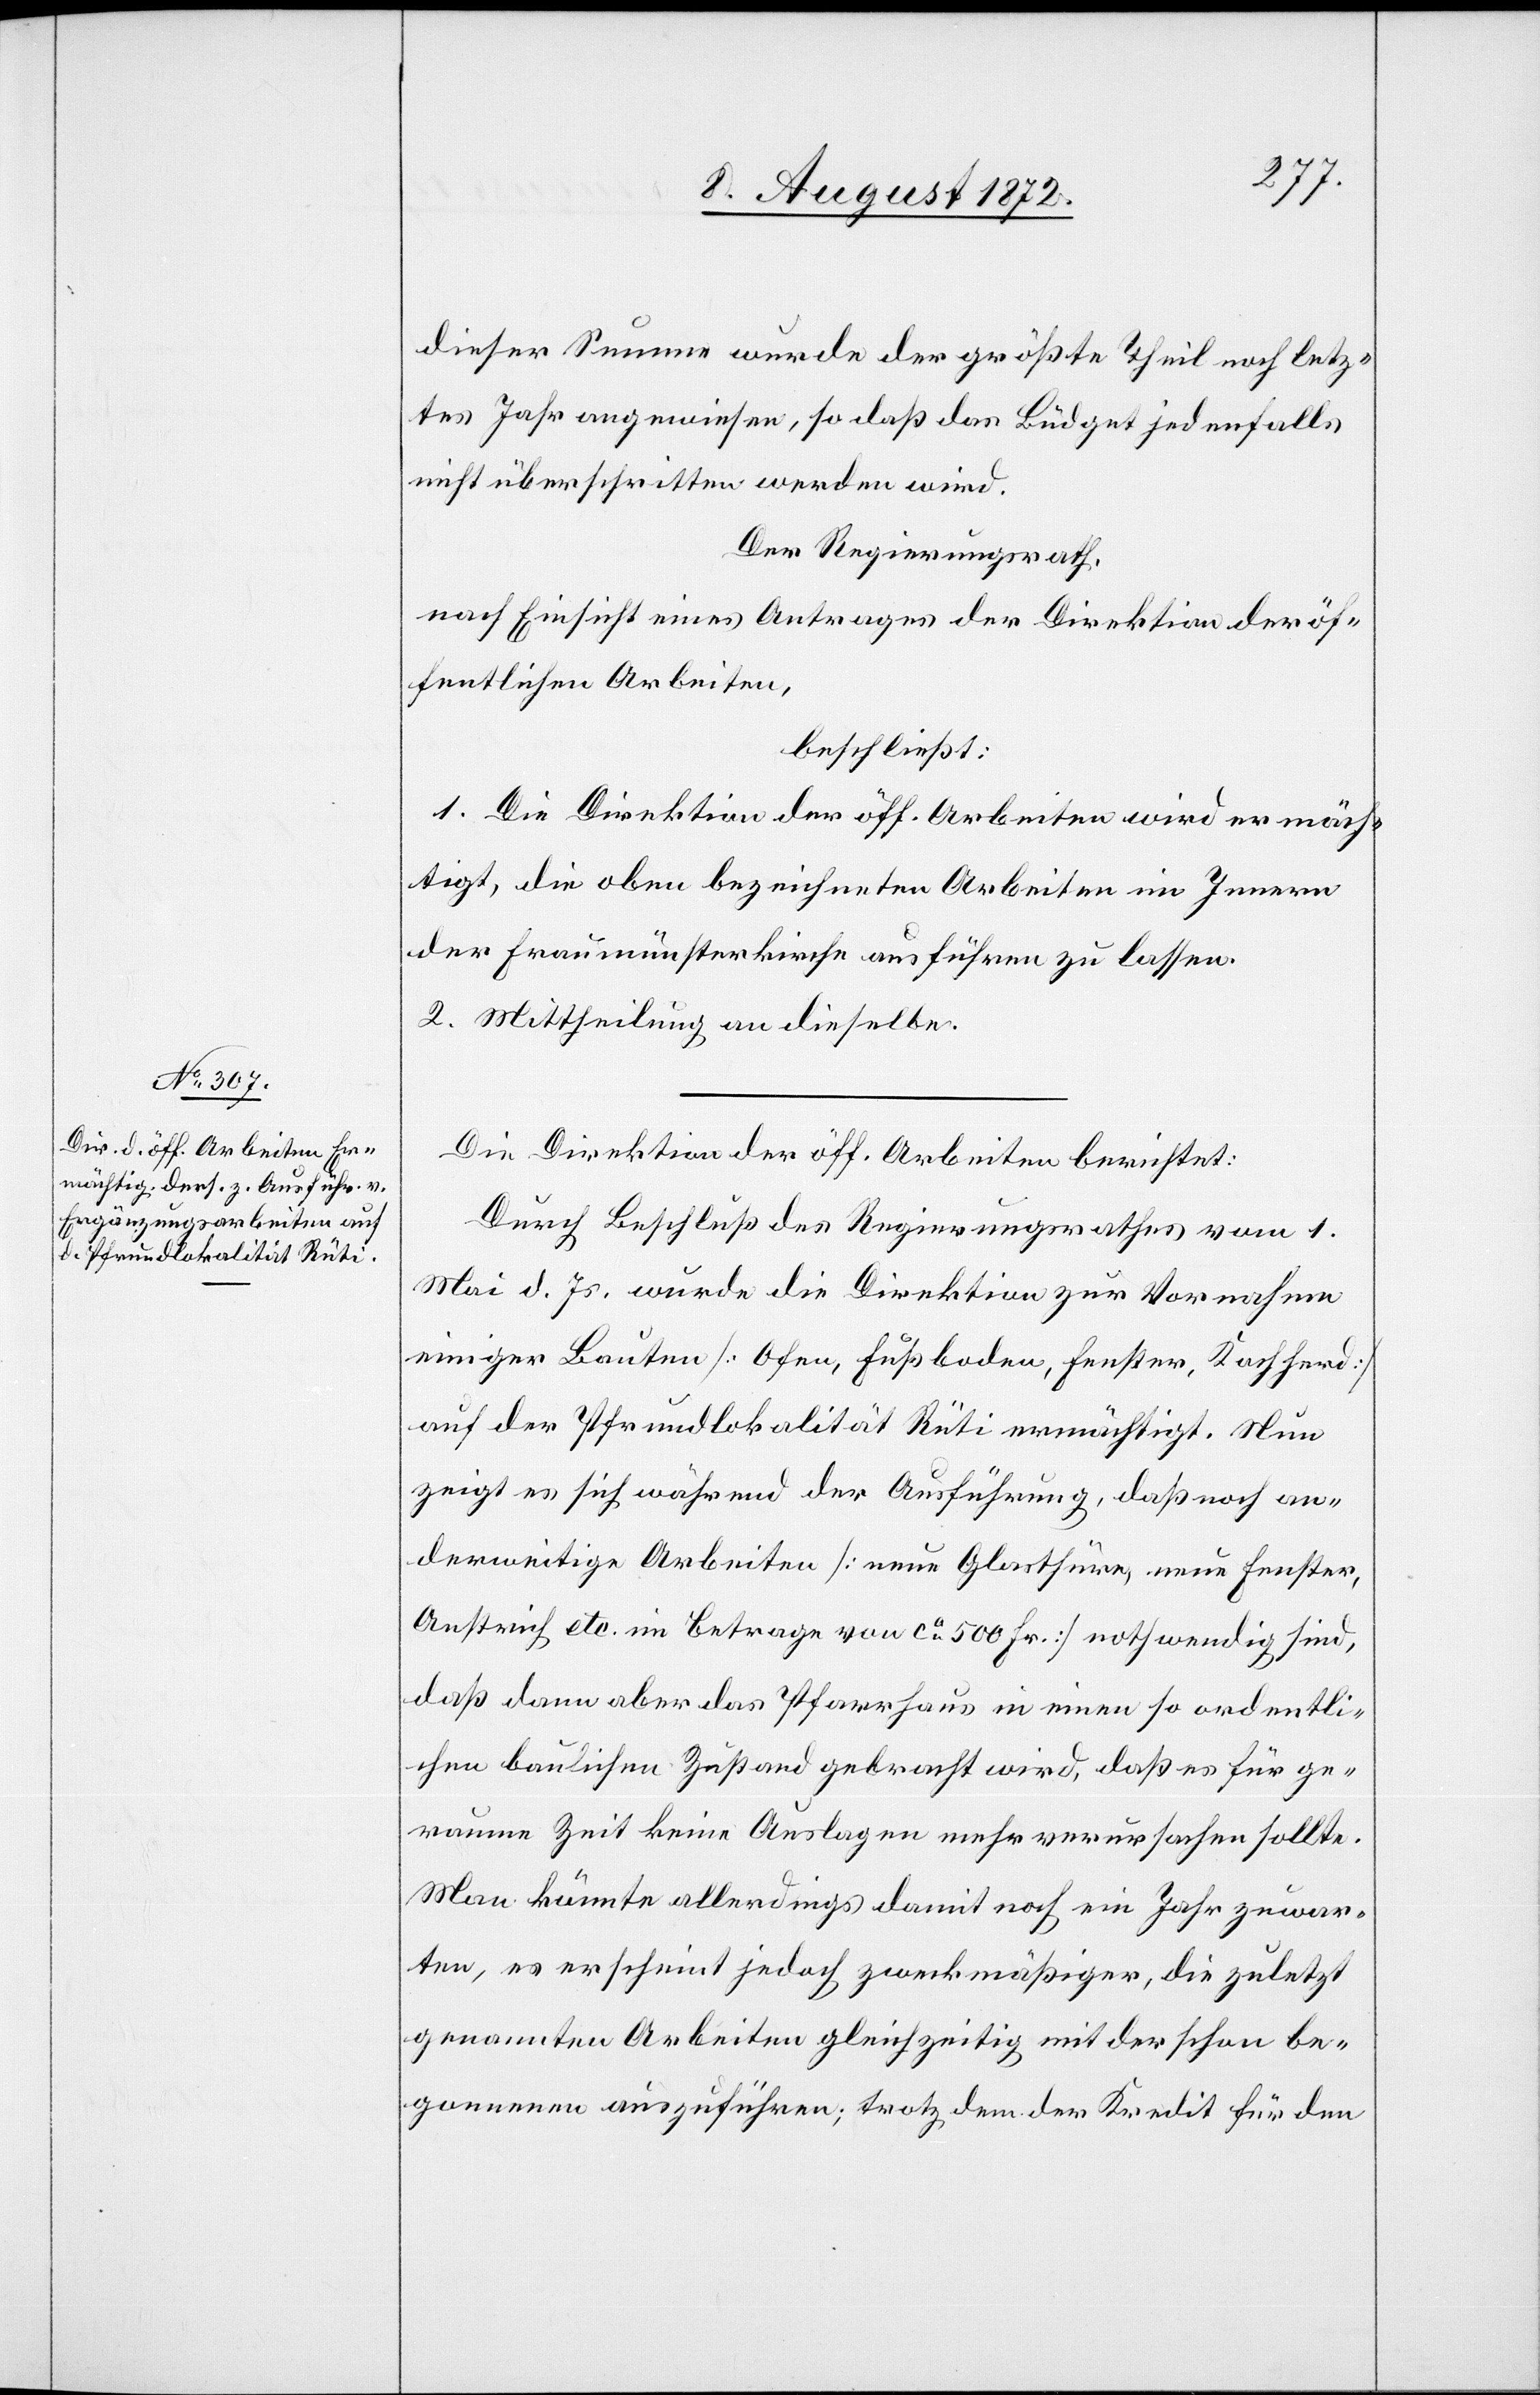
dieser Summe wurde der größte Theil noch letz¬
tes Jahr angewiesen, so daß das Büdget jedenfalls
nicht überschritten werden wird.
Der Regierungsrath,
nach Einsicht eines Antrages der Direktion der öf¬
fentlichen Arbeiten,
beschließt:
1. Die Direktion der öff. Arbeiten wird ermäch¬
tigt, die oben bezeichneten Arbeiten im Innern
der Fraumünsterkirche ausführen zu lassen.
2. Mittheilung an dieselbe.
Die Direktion der öff. Arbeiten berichtet:
Durch Beschluß des Regierungsrathes vom 1.
Mai d. Js. wurde die Direktion zur Vornahme
einiger Bauten [Ofen, Fußboden, Fenster, Kochherd]
auf der Pfrundlokalität Rüti ermächtigt. Nun
zeigt es sich während der Ausführung, daß noch an¬
derweitige Arbeiten [neue Glasthüre, neue Fenster,
Anstrich etc. im Betrage von ca 500 Fr.] nothwendig sind,
daß dann aber das Pfarrhaus in einen so ordentli¬
chen baulichen Zustand gebracht wird, daß es für ge¬
raume Zeit keine Auslagen mehr verursachen sollte.
Man könnte allerdings damit noch ein Jahr zuwar¬
ten, es erscheint jedoch zweckmäßiger, die zuletzt
genannten Arbeiten gleichzeitig mit den schon be¬
gonnenen auszuführen; trotz dem der Kredit für den